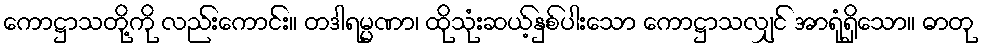
ကောဋ္ဌာသတို့ကို လည်းကောင်း။ တဒါရမ္မဏာ၊ ထိုသုံးဆယ့်နှစ်ပါးသော ကောဋ္ဌာသလျှင် အာရုံရှိသော။ ဓာတု